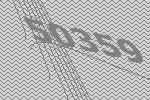
50359